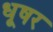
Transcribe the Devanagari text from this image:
धूषर